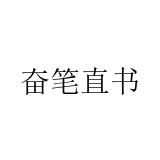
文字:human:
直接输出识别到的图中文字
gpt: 奋笔直书